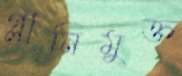
গ্লানিমুক্ত